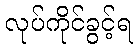
လုပ်ကိုင်ခွင့်ရ